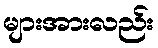
များအားလည်း